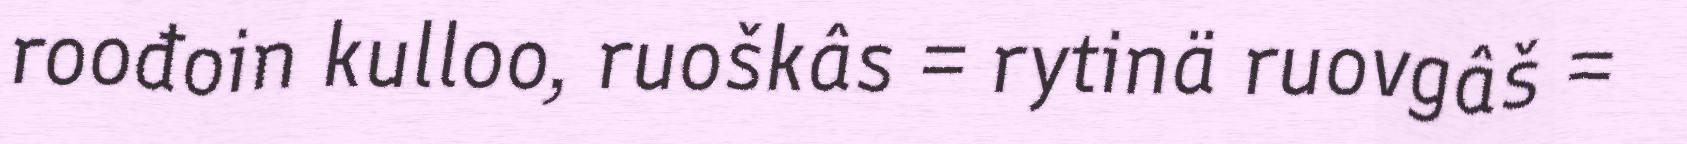
roođoin kulloo, ruoškâs = rytinä ruovgâš =